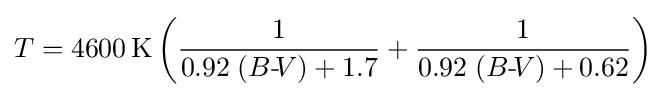
T=4600\,\mathrm {K} \left({\frac {1}{0.92\;(B{\text{-}}\!V)+1.7}}+{\frac {1}{0.92\;(B{\text{-}}\!V)+0.62}}\right)